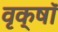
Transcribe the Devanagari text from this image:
वृक्षॉ